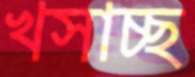
খসাচ্ছ